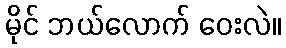
မိုင် ဘယ်လောက် ဝေးလဲ။